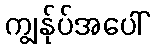
ကျွန်ုပ်အပေါ်